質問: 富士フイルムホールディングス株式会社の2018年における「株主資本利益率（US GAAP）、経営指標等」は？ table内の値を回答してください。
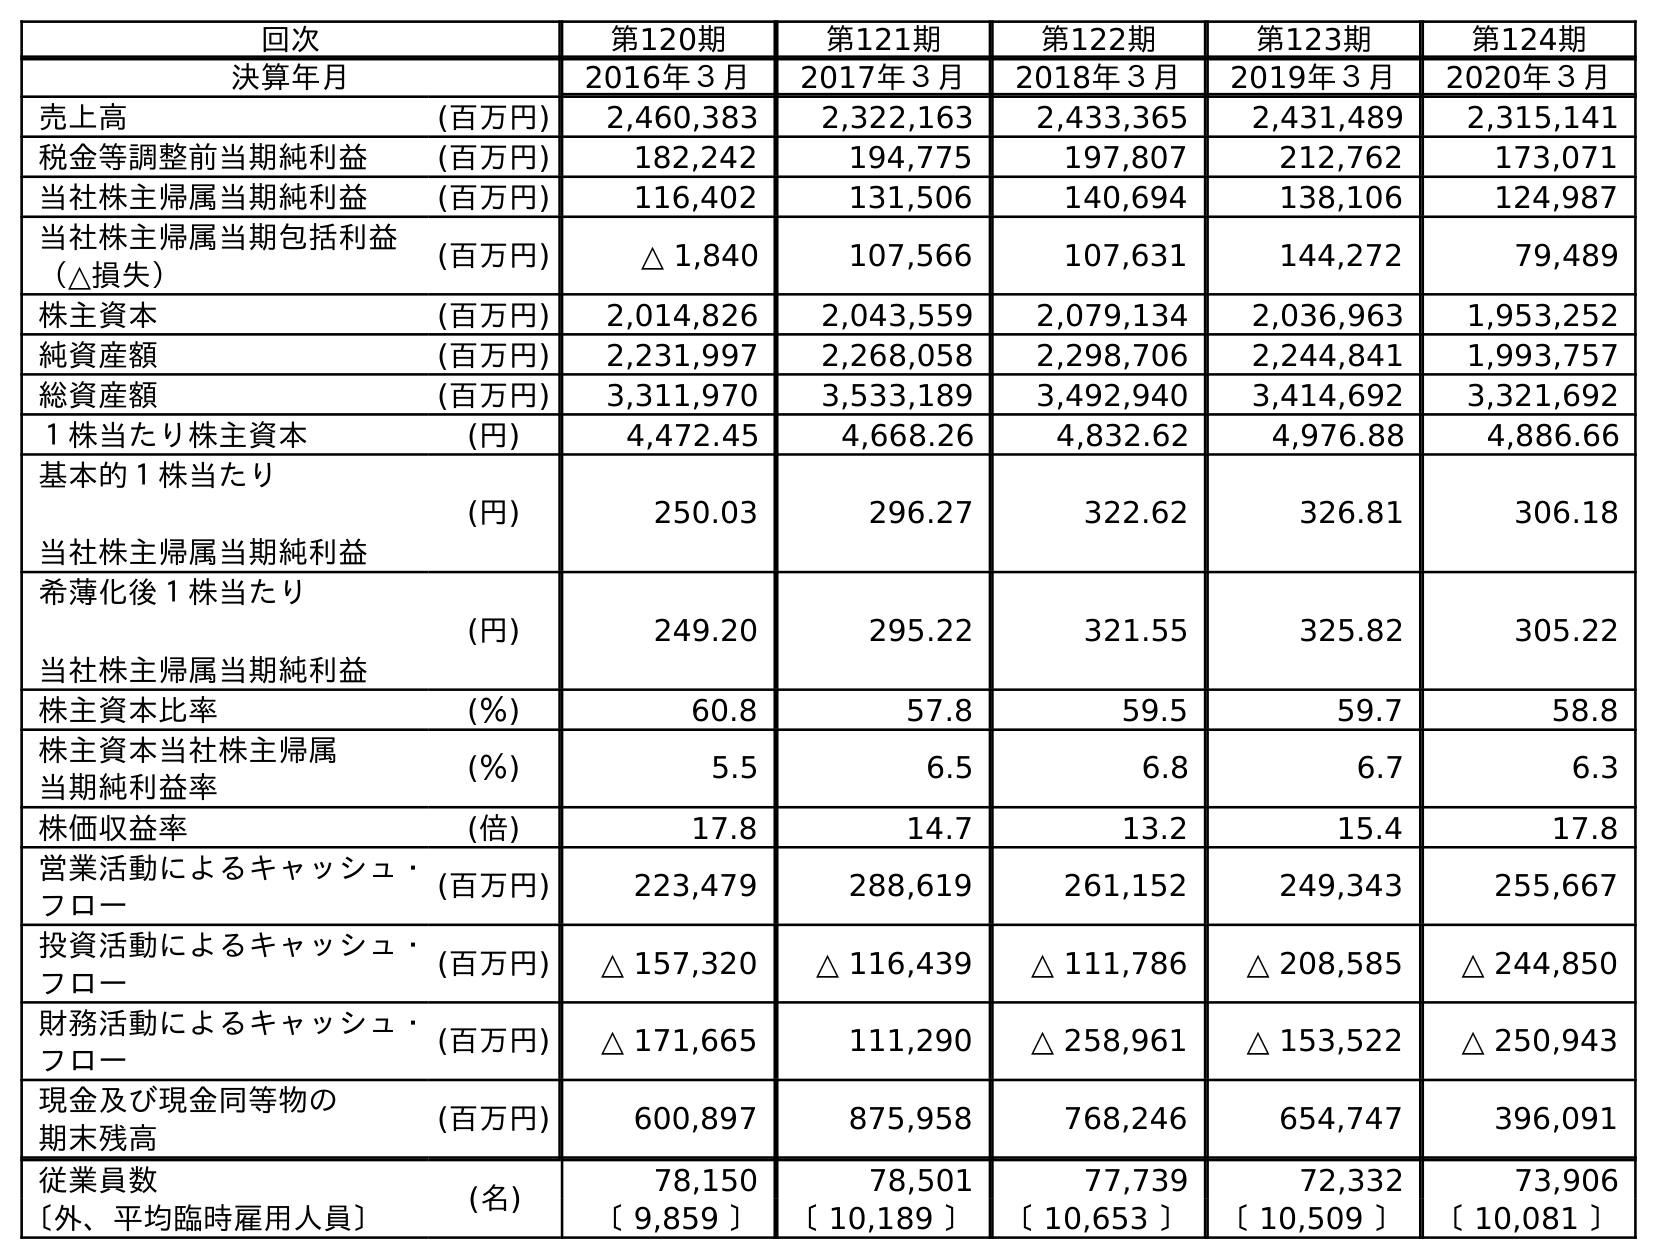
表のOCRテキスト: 回次 第120期 第121期 第122期 第123期 第124期 決算年月 2016年３月 2017年３月 2018年３月 2019年３月 2020年３月 売上高 (百万円) 2,460,383 2,322,163 2,433,365 2,431,489 2,315,141 税金等調整前当期純利益 (百万円) 182,242 194,775 197,807 212,762 173,071 当社株主帰属当期純利益 (百万円) 116,402 131,506 140,694 138,106 124,987 当社株主帰属当期包括利益 （△損失） (百万円) △ 1,840 107,566 107,631 144,272 79,489 株主資本 (百万円) 2,014,826 2,043,559 2,079,134 2,036,963 1,953,252 純資産額 (百万円) 2,231,997 2,268,058 2,298,706 2,244,841 1,993,757 総資産額 (百万円) 3,311,970 3,533,189 3,492,940 3,414,692 3,321,692 １株当たり株主資本 (円) 4,472.45 4,668.26 4,832.62 4,976.88 4,886.66 基本的１株当たり 当社株主帰属当期純利益 (円) 250.03 296.27 322.62 326.81 306.18 希薄化後１株当たり 当社株主帰属当期純利益 (円) 249.20 295.22 321.55 325.82 305.22 株主資本比率 (％) 60.8 57.8 59.5 59.7 58.8 株主資本当社株主帰属 当期純利益率 (％) 5.5 6.5 6.8 6.7 6.3 株価収益率 (倍) 17.8 14.7 13.2 15.4 17.8 営業活動によるキャッシュ・ フロー (百万円) 223,479 288,619 261,152 249,343 255,667 投資活動によるキャッシュ・ フロー (百万円) △ 157,320 △ 116,439 △ 111,786 △ 208,585 △ 244,850 財務活動によるキャッシュ・ フロー (百万円) △ 171,665 111,290 △ 258,961 △ 153,522 △ 250,943 現金及び現金同等物の 期末残高 (百万円) 600,897 875,958 768,246 654,747 396,091 従業員数 (名) 78,150 78,501 77,739 72,332 73,906 〔外、平均臨時雇用人員〕 〔 9,859 〕 〔 10,189 〕 〔 10,653 〕 〔 10,509 〕 〔 10,081 〕
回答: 6.8